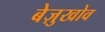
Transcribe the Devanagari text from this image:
बेज़ुखोव